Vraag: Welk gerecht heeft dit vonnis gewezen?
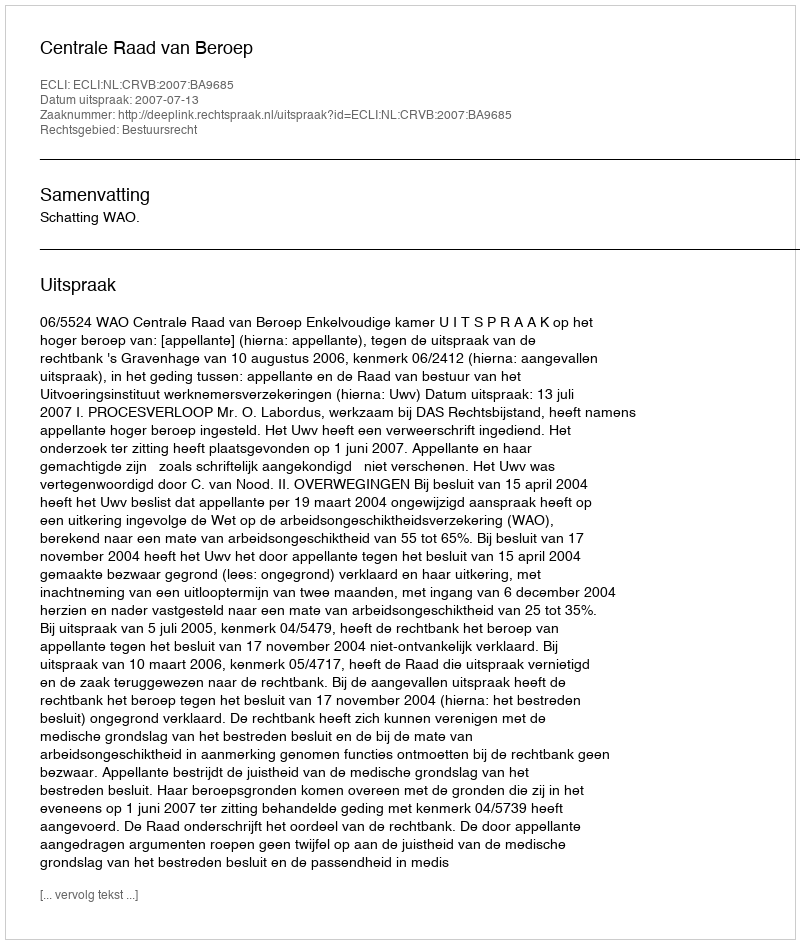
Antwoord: Centrale Raad van Beroep